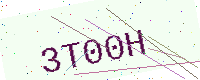
Text: 3T00H